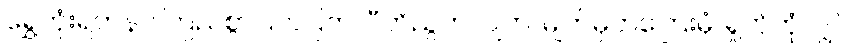
ရွှေကုံးရတနာ၊ ကြည်စွာပြတ်ပြတ်၊ ပီတိညွတ်လျက်၊ မျက်မှတ်ကြေးမုံ၊ ရှုတုံတုံလျှင်၊